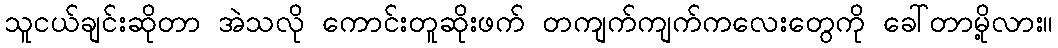
သူငယ်ချင်းဆိုတာ အဲသလို ကောင်းတူဆိုးဖက် တကျက်ကျက်ကလေးတွေကို ခေါ်တာမို့လား။